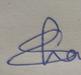
Signature authenticity: genuine